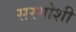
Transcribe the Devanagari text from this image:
सरगोशी